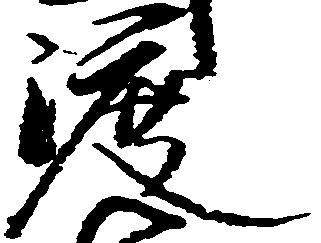
渡